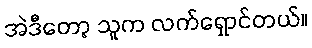
အဲဒီတော့ သူက လက်ရှောင်တယ်။